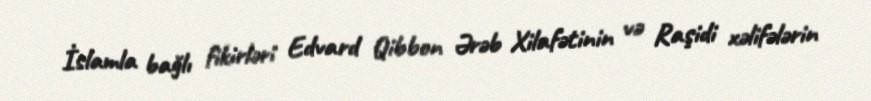
İslamla bağlı fikirləri Edvard Qibbon Ərəb Xilafətinin və Raşidi xəlifələrin